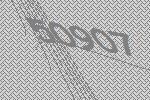
50907